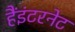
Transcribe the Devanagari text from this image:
हैंइंटरनेट